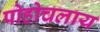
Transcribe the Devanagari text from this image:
पोहोचलाय